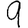
Digit: 9